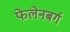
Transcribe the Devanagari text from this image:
फेलेनबर्ग